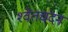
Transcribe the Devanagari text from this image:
श्‍वेतचंदन